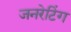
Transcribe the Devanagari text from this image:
जनरेटिंग